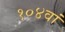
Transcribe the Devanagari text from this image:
१०४वां